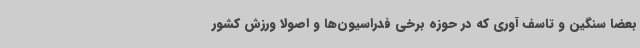
بعضا سنگین و تاسف آوری که در حوزه برخی فدراسیون‌ها و اصولا ورزش کشور